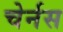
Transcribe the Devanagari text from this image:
चेर्नस